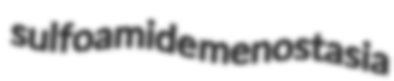
sulfoamide menostasia